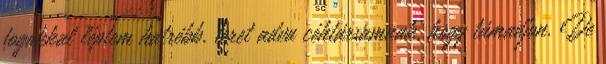
fogakkal léptem hátrébb, teret adva céhtársamnak, hogy támadjon. De